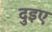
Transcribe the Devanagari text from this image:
दुइए